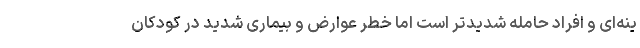
ینه‌ای و افراد حامله شدیدتر است اما خطر عوارض و بیماری شدید در کودکان